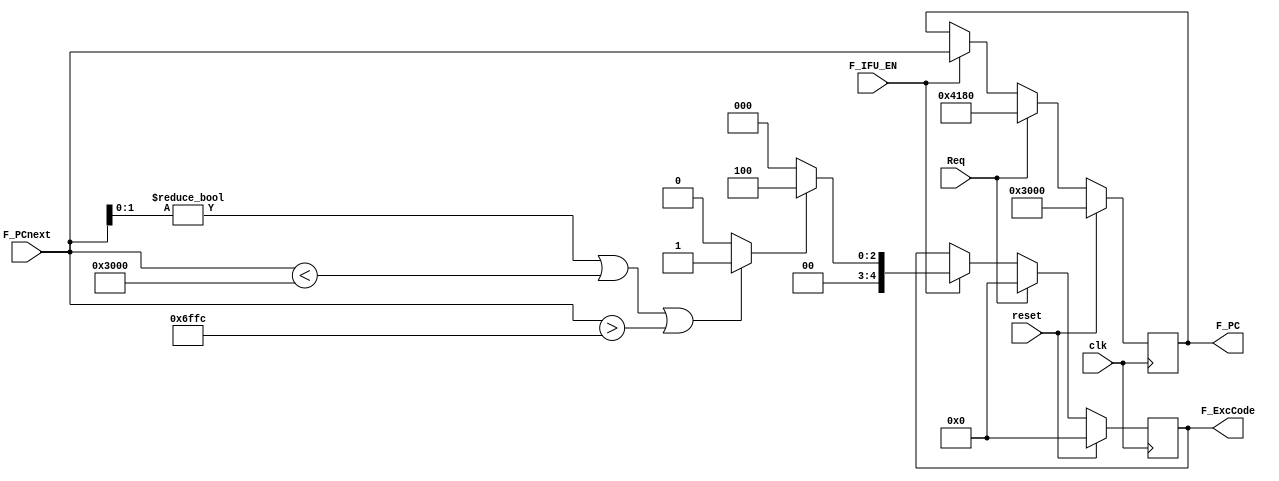
`timescale 1ns / 1ps
//////////////////////////////////////////////////////////////////////////////////
// Company: 
// Engineer: 
// 
// Design Name: 
// Module Name:    PC 
// Project Name: 
// Target Devices: 
// Tool versions: 
// Description: 
//
// Dependencies: 
//
// Revision: 
// Revision 0.01 - File Created
// Additional Comments: 
//
//////////////////////////////////////////////////////////////////////////////////
module IFU(
    input clk,
    input reset,
    input F_IFU_EN,
	 input Req,
    input [31:0] F_PCnext,
    output reg [31:0] F_PC,
	 output reg [4:0] F_ExcCode
    );
	 
	 wire flag;
	 parameter AdEL = 5'd4;
	 assign flag = ((F_PCnext[1:0] != 2'b00) || (F_PCnext < 32'h3000) || (F_PCnext > 32'h6ffc)) ? 1'b1 : 1'b0;
	 
	 always @(posedge clk) begin
	     if (reset == 1'b1) begin           
		      F_PC <= 32'h3000;
				F_ExcCode <= 5'd0;
		  end else if (Req == 1'b1) begin   // M 0x4180
		      F_PC <= 32'h4180;
		      F_ExcCode <= 5'd0;
		  end else if (F_IFU_EN == 1'b1) begin
		      F_PC <= F_PCnext;
				F_ExcCode <= flag ? AdEL : 5'd0;
		  end else begin
		      F_PC <= F_PC;
				F_ExcCode <= F_ExcCode;
		  end
		  
	 end
	 	 

endmodule